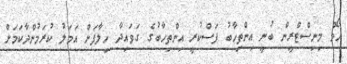
ހޯމް މިނިސްޓްރީން ބުނީ އިންތިހާބު ފަސްކުރީ އިންތިހާބުގެ ގަވައިދާ ހިލާފަށް އަމަލު ކުރަމުންދާކަމަށް